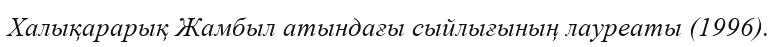
Халықарарық Жамбыл атындағы сыйлығының лауреаты (1996).